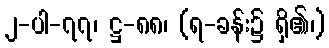
၂-ပါ-၇၇၊ ဋ္ဌ-၈၈၊ (ရ-ခန်း၌ ရှိ၏၊)